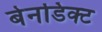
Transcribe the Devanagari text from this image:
बेनडिक्ट